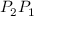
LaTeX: P _ { 2 } P _ { 1 }